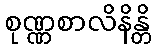
စုဏ္ဏစာလိနိန္တိ